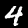
Label: 4